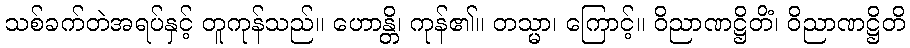
သစ်ခက်တဲအရပ်နှင့် တူကုန်သည်။ ဟောန္တိ၊ ကုန်၏။ တသ္မာ၊ ကြောင့်။ ဝိညာဏဋ္ဌိတိံ၊ ဝိညာဏဋ္ဌိတိ